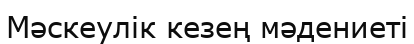
Mәскеулік кезең мәдениеті